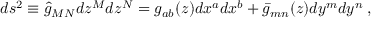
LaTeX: d s ^ { 2 } \equiv \hat { g } _ { M N } d z ^ { M } d z ^ { N } = g _ { a b } ( z ) d x ^ { a } d x ^ { b } + \bar { g } _ { m n } ( z ) d y ^ { m } d y ^ { n } \: ,